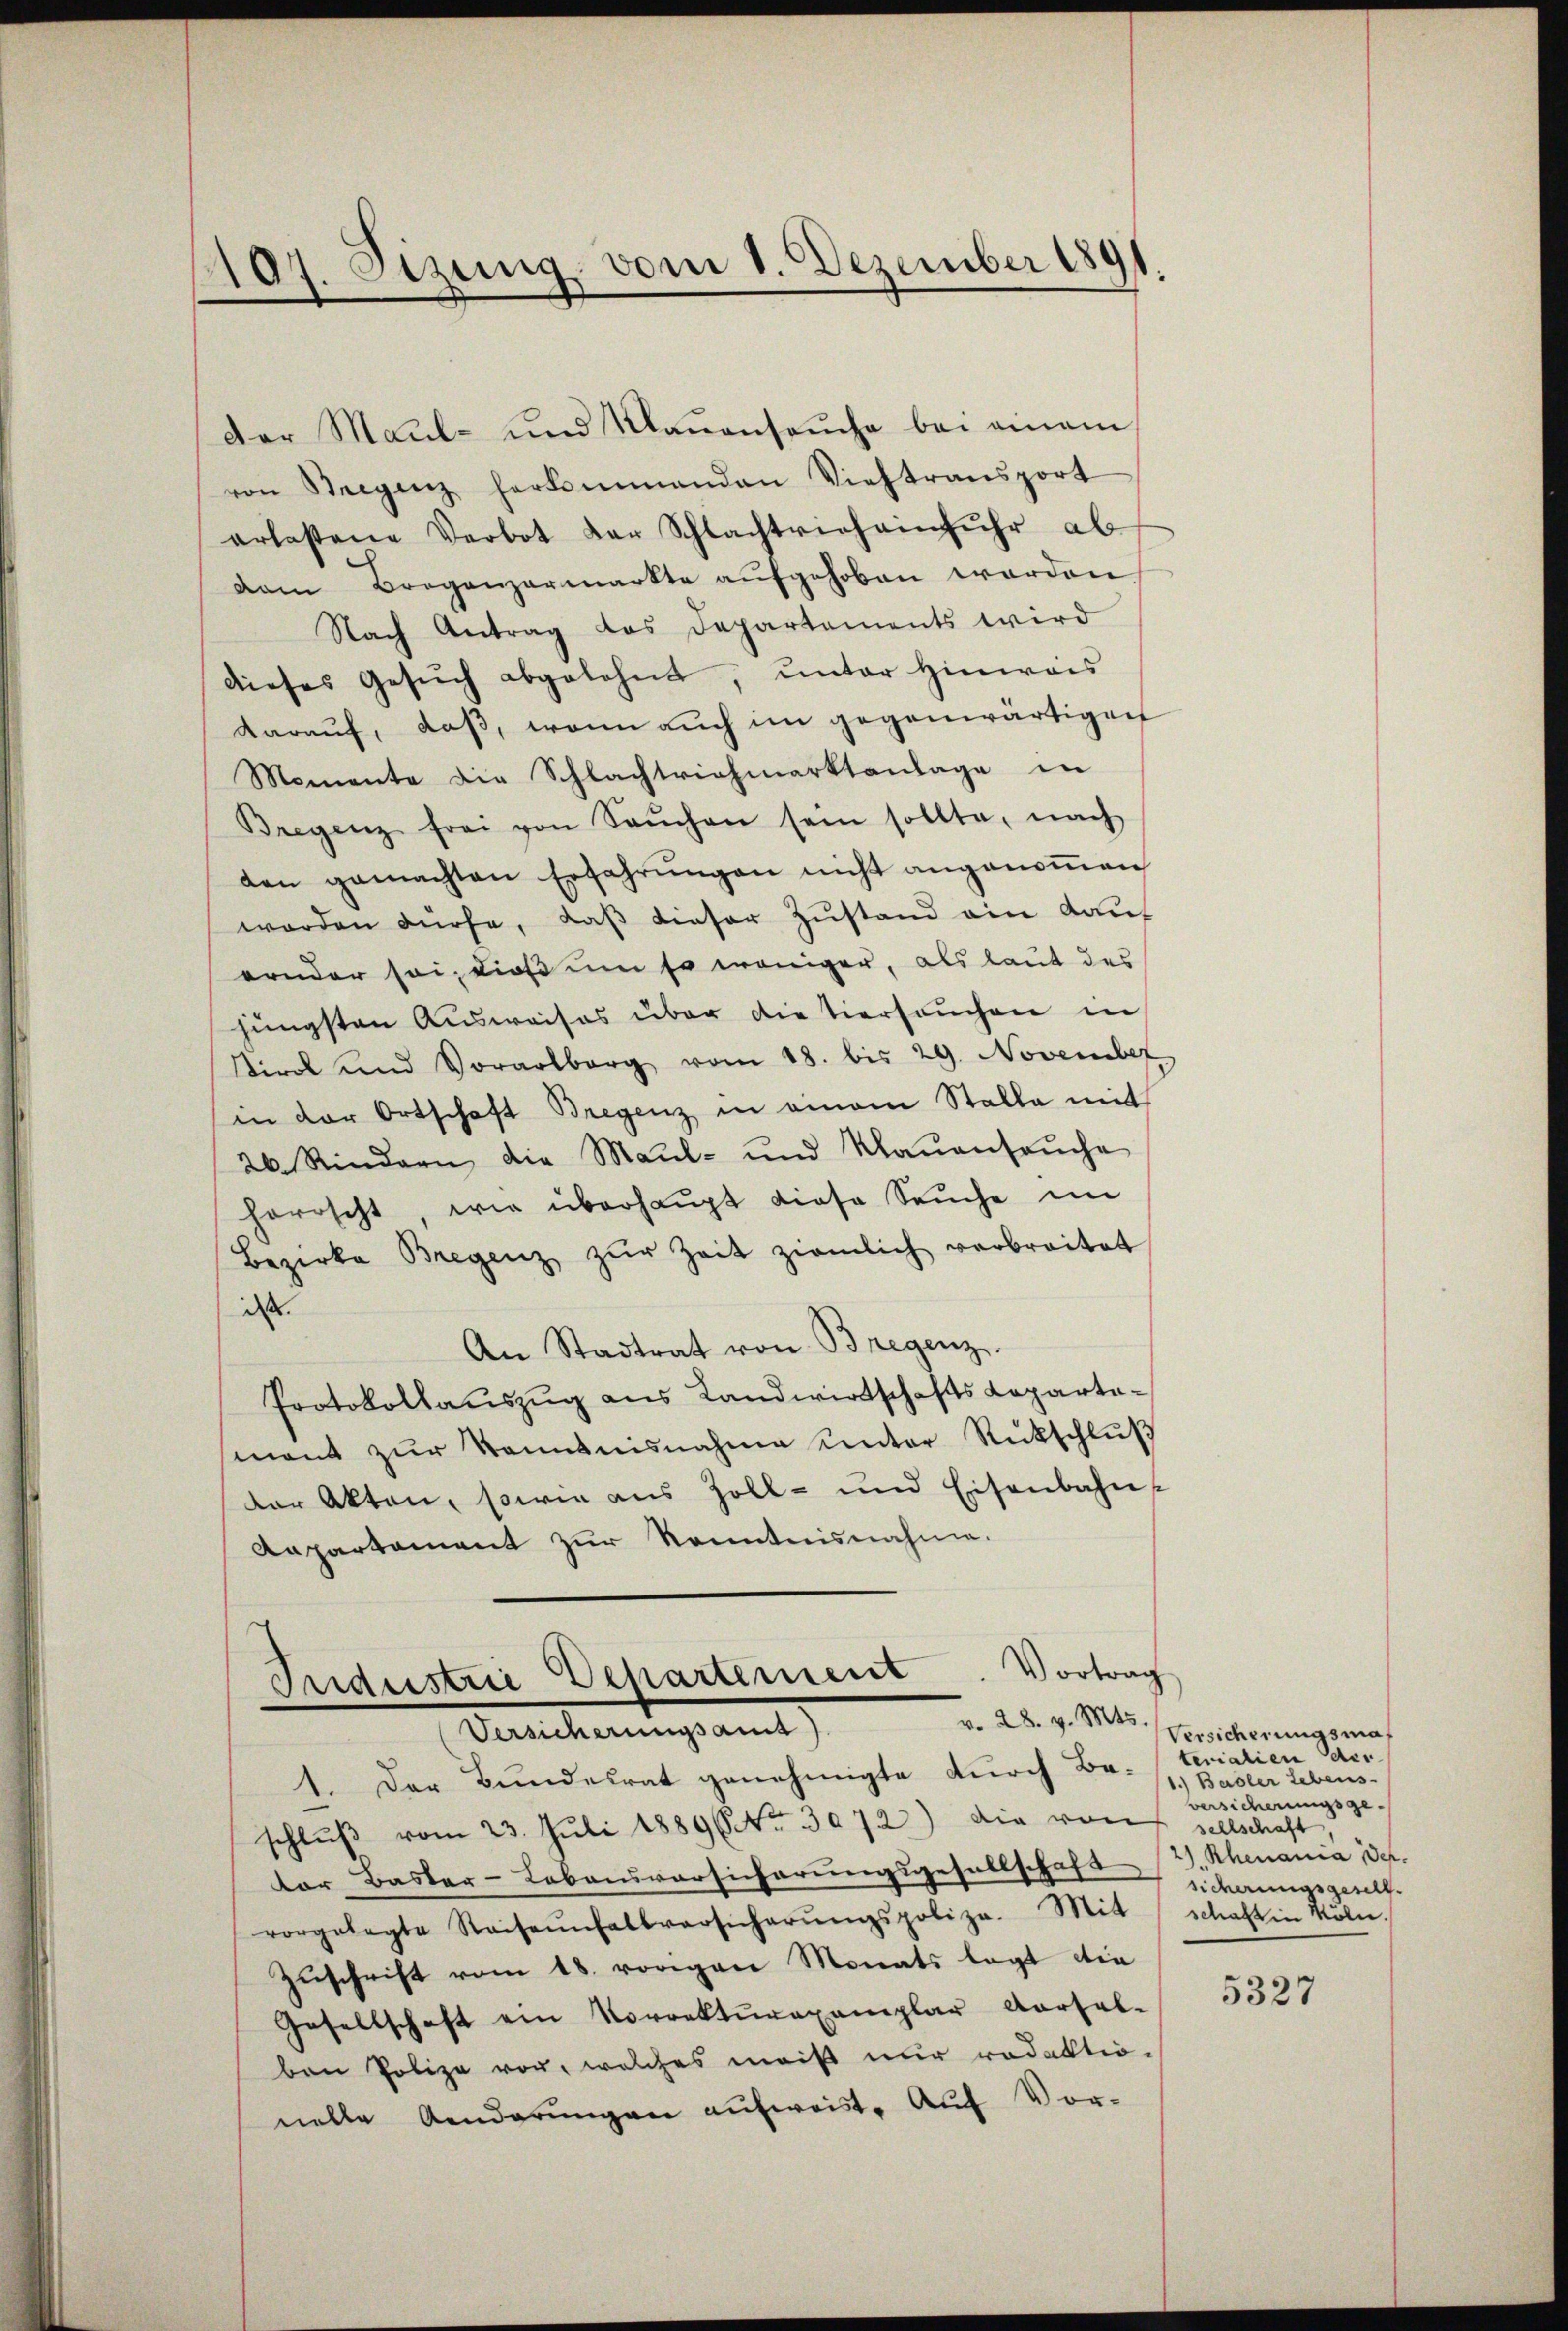
107. Sitzung vom 1. Dezember 1891.

von Bregenz herkommanden Viehtransport
erlesene Verbot der Schlachtvieh einfuhr ab
vam Broganzermarkte aŭfgehoben worden
Nach Antrag des Departements wird
dieses Gesŭch abgelehnt, unter Hinweis
darauf, daß, wenn auch im gegenwärtigen
Momente die Schlachtriehmarktanlage in
Bregenz frei von Saŭchen sein sollte, nach
den gemachten Erfahrŭngen nicht angenoṁen
worden dürfe, daβ dieser Zustand ein Kauf
ernder sei, dieß um so weniger, als laut des
jüngsten Ausweises über die tiersuchen in
Kirol und Vorarlberg vom 18. bis 29. November
in der Ortschaft Bregenz in einem Stalla mit
26 Rindern die Maul- und Klaŭensaŭche
herrscht, wie überhaŭpt diese Seuche im
Bezirke Bregenz zŭr Zeit ziemlich verbreitet
d
An Stadtrat von Bregenz
Protokollauszug aus Landwirtschafts Capartamant zŭr Kenntnisnahme unter Rückschlŭβ
Der Akten, sowie aus Zoll- und Eisenbahns
Aapartament zur Kenntnisnahme.

Der Maul- und Maŭensaŭche bei einem

Vortrag
Judeistrie Departement
v. 28. v. Mts.
Versicherungsams

1. Der Bundesrat genehmigte durch Ba-terialien der
schlŭβ vom 23. Juli 18896. 3072) die von
dor Baster-Lebensversicherungsgesellschaft (Z. Rhenania der
vorgelegte Reihenfallversicherŭngspoliza. Mit / schaft in Köln.
Zŭschrift vom 18. vorigen Monats legt die
Gesellschaft ein Vorrekturexemplar Vorsal-
ben Polize vor, welches meist nur redaktio-
nelle Aenderungen aufweist. Auf Vor-

Versicherungsmas
1.) Basler Lebens-
versicherungsgesellschaft
2 sicherungsgesell¬

5327